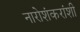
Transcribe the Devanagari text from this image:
नारोशंकरांशी